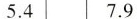
5.4 7.9